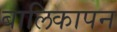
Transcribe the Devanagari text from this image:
बालिकापन